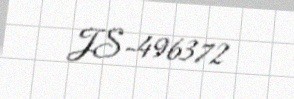
JS-496372